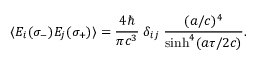
\langle E _ { i } ( \sigma _ { - } ) E _ { j } ( \sigma _ { + } ) \rangle = { \frac { 4 \hbar } { \pi c ^ { 3 } } } \; \delta _ { i j } \; { \frac { ( a / c ) ^ { 4 } } { \sinh ^ { 4 } ( a \tau / 2 c ) } } . \hfill \qquad \qquad